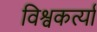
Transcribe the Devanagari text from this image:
विश्वकर्त्या